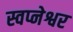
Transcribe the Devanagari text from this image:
स्वप्नेश्वर